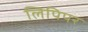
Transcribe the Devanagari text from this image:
लिपिपर